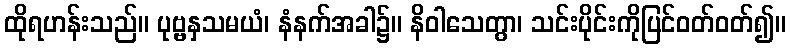
ထိုရဟန်းသည်။ ပုဗ္ဗနှသမယံ၊ နံနက်အခါ၌။ နိဝါသေတွာ၊ သင်းပိုင်းကိုပြင်ဝတ်ဝတ်၍။